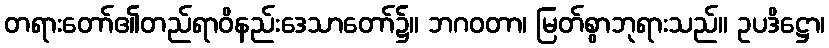
တရားတော်၏တည်ရာဝိနည်းဒေသာတော်၌။ ဘဂဝတာ၊ မြတ်စွာဘုရားသည်။ ဥပဒိဋ္ဌော၊